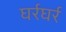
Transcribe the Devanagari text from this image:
घर्रघर्र